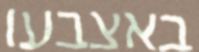
באצבעו